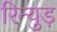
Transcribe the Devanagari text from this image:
रिन्युड़